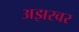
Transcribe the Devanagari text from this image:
अझरवर